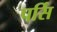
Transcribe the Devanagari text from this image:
पर्सि